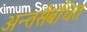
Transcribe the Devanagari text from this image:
अन्तर्संबंधित